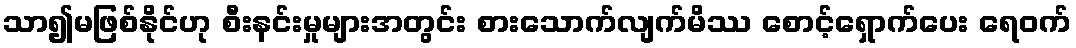
သာ၍မဖြစ်နိုင်ဟု စီးနင်းမှုများအတွင်း စားသောက်လျက်မိဿ စောင့်ရှောက်ပေး ရေဝက်